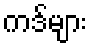
ကဒ်များ